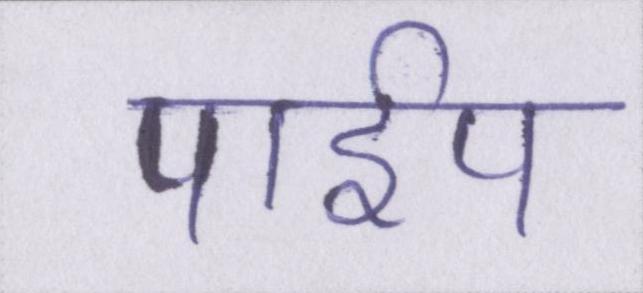
पाईप